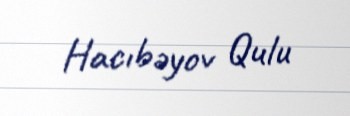
Hacıbəyov Qulu